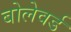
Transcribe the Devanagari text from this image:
बोलेवर्ड